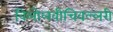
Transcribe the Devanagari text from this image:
विलोलवीचिवल्लरी